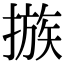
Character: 𢳇